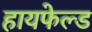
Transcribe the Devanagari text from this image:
हायफेल्ड